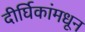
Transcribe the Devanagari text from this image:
दीर्घिकांमधून